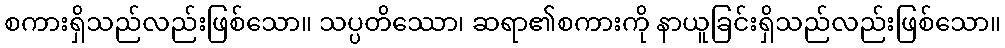
စကားရှိသည်လည်းဖြစ်သော။ သပ္ပတိဿော၊ ဆရာ၏စကားကို နာယူခြင်းရှိသည်လည်းဖြစ်သော။